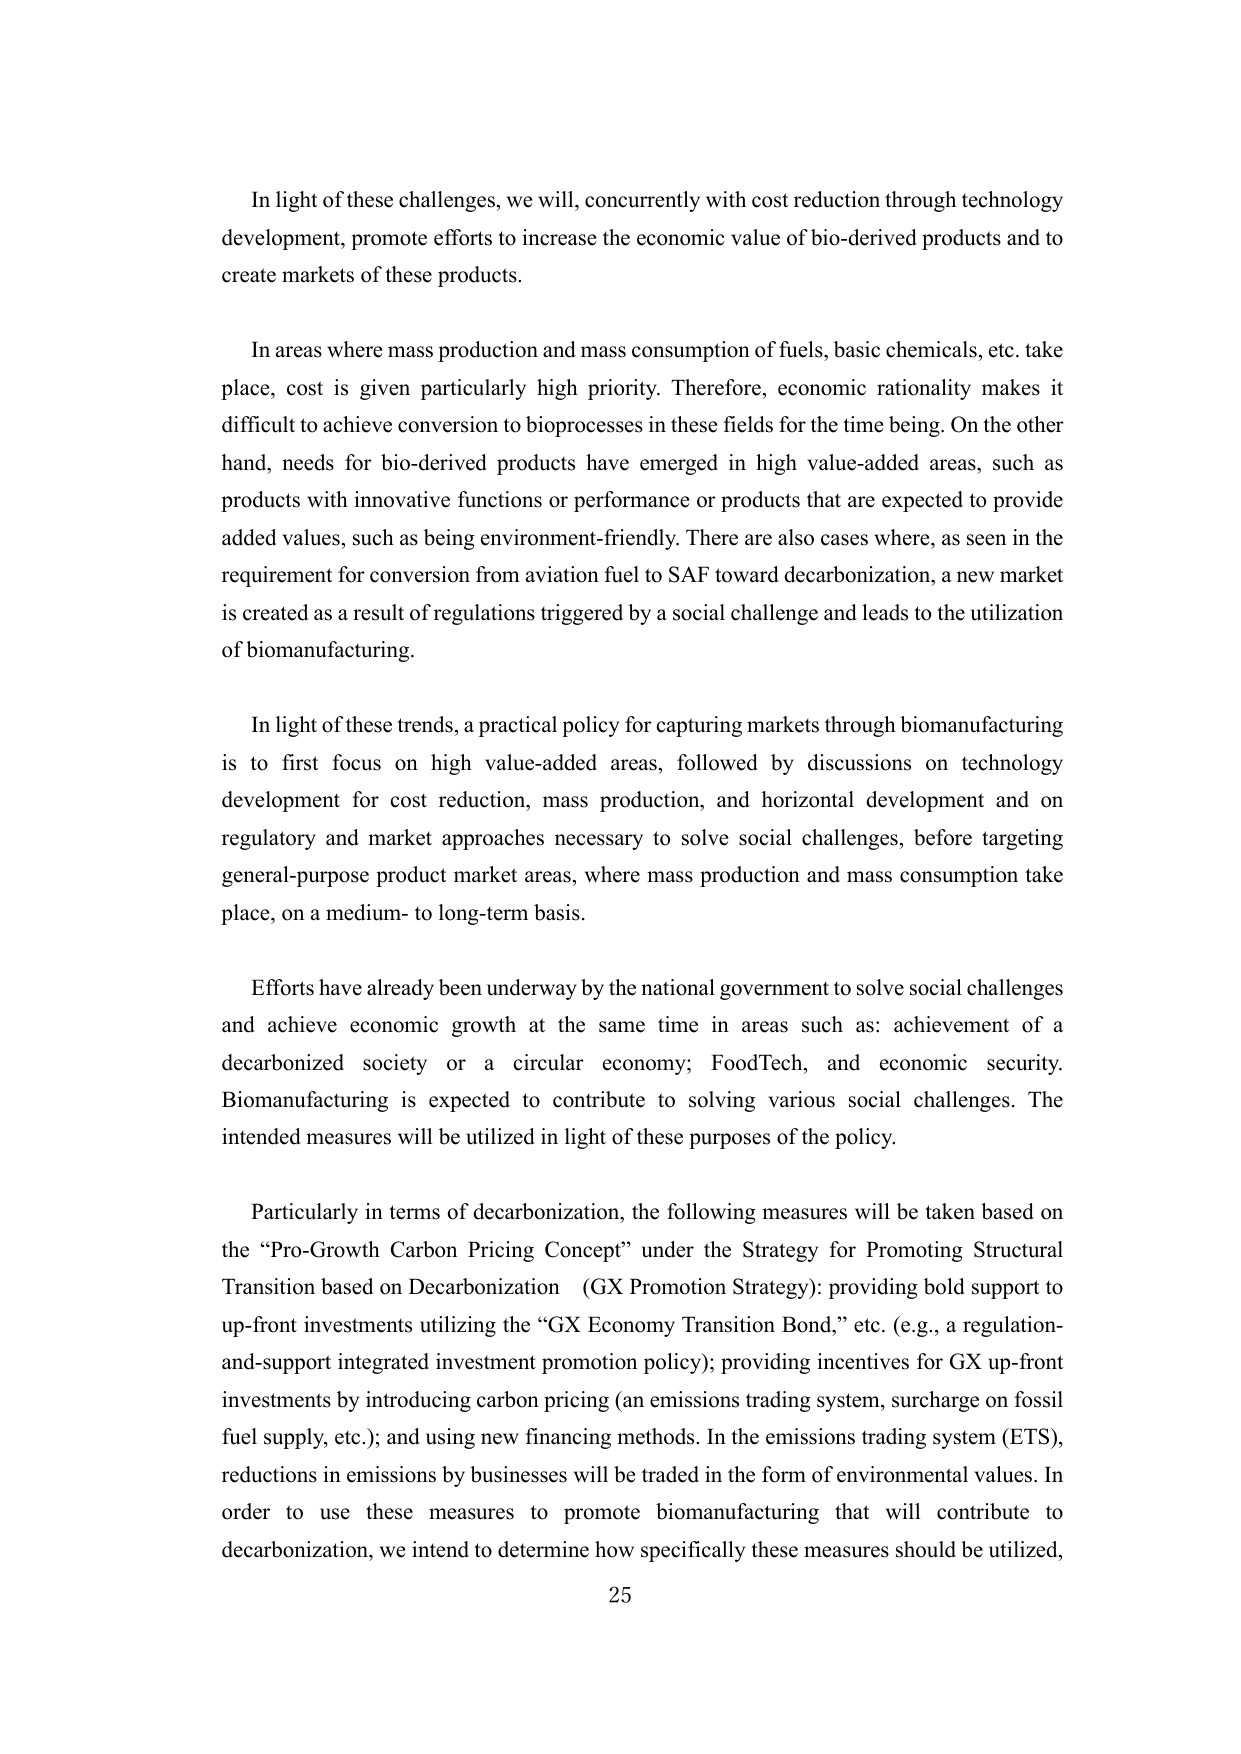
In light of these challenges, we will, concurrently with cost reduction through technology development, promote efforts to increase the economic value of bio-derived products and to create markets of these products.

In areas where mass production and mass consumption of fuels, basic chemicals, etc. take place, cost is given particularly high priority. Therefore, economic rationality makes it difficult to achieve conversion to bioprocesses in these fields for the time being. On the other hand, needs for bio-derived products have emerged in high value-added areas, such as products with innovative functions or performance or products that are expected to provide added values, such as being environment-friendly. There are also cases where, as seen in the requirement for conversion from aviation fuel to SAF toward decarbonization, a new market is created as a result of regulations triggered by a social challenge and leads to the utilization of biomanufacturing.

In light of these trends, a practical policy for capturing markets through biomanufacturing is to first focus on high value-added areas, followed by discussions on technology development for cost reduction, mass production, and horizontal development and on regulatory and market approaches necessary to solve social challenges, before targeting general-purpose product market areas, where mass production and mass consumption take place, on a medium- to long-term basis.

Efforts have already been underway by the national government to solve social challenges and achieve economic growth at the same time in areas such as: achievement of a decarbonized society or a circular economy; FoodTech, and economic security. Biomanufacturing is expected to contribute to solving various social challenges. The intended measures will be utilized in light of these purposes of the policy.

Particularly in terms of decarbonization, the following measures will be taken based on the “Pro-Growth Carbon Pricing Concept” under the Strategy for Promoting Structural Transition based on Decarbonization (GX Promotion Strategy): providing bold support to up-front investments utilizing the “GX Economy Transition Bond,” etc. (e.g., a regulation-and-support integrated investment promotion policy); providing incentives for GX up-front investments by introducing carbon pricing (an emissions trading system, surcharge on fossil fuel supply, etc.); and using new financing methods. In the emissions trading system (ETS), reductions in emissions by businesses will be traded in the form of environmental values. In order to use these measures to promote biomanufacturing that will contribute to decarbonization, we intend to determine how specifically these measures should be utilized,

25